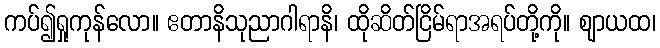
ကပ်၍ရှုကုန်လော။ ဧတာနိသုညာဂါရာနိ၊ ထိုဆိတ်ငြိမ်ရာအရပ်တို့ကို။ ဈာယထ၊